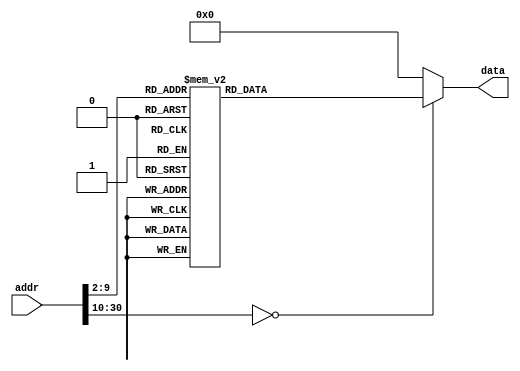
//`timescale 1ns/1ps

module ROM (addr,data);
input [31:0] addr;
output [31:0] data;
reg [31:0] data;
localparam ROM_SIZE = 32;
reg [31:0] ROM_DATA[ROM_SIZE-1:0];

always@(*)
	case(addr[30:2])
	// main:
	0: data <= 32'b000010_00000000000000000000000011; // j Initial
	// illop:
	1: data <= 32'b000010_00000000000000000000101100; // j Interrupt
	// xadr:
	2: data <= 32'b000010_00000000000000000010100001; // j Exit1
	// Initial:
	3: data <= 32'b001000_00000_01001_0000000000000001; // addi $t1 $0 1
	4: data <= 32'b001000_00000_01010_0000000000000000; // addi $t2 $0 0
	5: data <= 32'b001000_00000_01011_0000000000000010; // addi $t3 $0 2
	6: data <= 32'b001000_00000_01100_0000000000000000; // addi $t4 $0 0
	7: data <= 32'b001111_00000_00100_0100000000000000; // lui $a0 0x4000
	8: data <= 32'b001001_00000_11101_0000010000000000; // addiu $sp $0 0x0400
	// UART_Receive:
	9: data <= 32'b100011_00100_01000_0000000000100000; // lw $t0 32($a0)
	10: data <= 32'b000000_00000_01000_01100_11100_000000; // sll $t4 $t0 28
	11: data <= 32'b000000_00000_01100_01100_11111_000010; // srl $t4 $t4 31
	12: data <= 32'b000101_01100_01001_1111111111111100; // bne $t4 $t1 UART_Receive
	13: data <= 32'b001000_01010_01010_0000000000000001; // addi $t2 $t2 1
	14: data <= 32'b000100_01010_01011_0000000000000101; // beq $t2 $t3 Load2
	15: data <= 32'b100011_00100_00110_0000000000011100; // lw $a2 28($a0)
	16: data <= 32'b000000_00000_01000_01000_11101_000000; // sll $t0 $t0 29
	17: data <= 32'b000000_00000_01000_01000_11101_000010; // srl $t0 $t0 29
	18: data <= 32'b101011_00100_01000_0000000000100000; // sw $t0 32($a0)
	19: data <= 32'b000010_00000000000000000000001001; // j UART_Receive
	// Load2:
	20: data <= 32'b100011_00100_00111_0000000000011100; // lw $a3 28($a0)
	21: data <= 32'b000000_00000_01000_01000_11101_000000; // sll $t0 $t0 29
	22: data <= 32'b000000_00000_01000_01000_11101_000010; // srl $t0 $t0 29
	23: data <= 32'b101011_00100_01000_0000000000100000; // sw $t0 32($a0)
	// Timer:
	24: data <= 32'b000011_00000000000000000010010110; // jal Normal
	25: data <= 32'b101011_00100_00000_0000000000001000; // sw $0 8($a0)
	26: data <= 32'b001111_00000_01000_1111111111111111; // lui $t0 0xffff
	27: data <= 32'b001001_01000_01000_1111111100000000; // addiu $t0 $t0 0xff00
	28: data <= 32'b101011_00100_01000_0000000000000000; // sw $t0 0($a0)
	29: data <= 32'b001001_01000_01000_0000000011111111; // addiu $t0 $t0 0xff
	30: data <= 32'b101011_00100_01000_0000000000000100; // sw $t0 4($a0)
	31: data <= 32'b001000_00000_01000_0000000000000011; // addi $t0 $0 3
	32: data <= 32'b101011_00100_01000_0000000000001000; // sw $t0 8($a0)
	33: data <= 32'b001000_00110_01101_0000000000000000; // addi $t5 $a2 0
	34: data <= 32'b001000_00111_01110_0000000000000000; // addi $t6 $a3 0
	35: data <= 32'b000000_01101_01110_01111_00000_100010; // sub $t7 $t5 $t6
	// Judge:
	36: data <= 32'b000100_01111_00000_0000000001110100; // beq $t7 $0 Exit
	37: data <= 32'b000001_01111_00000_0000000000000011; // bltz $t7 Negative
	// Positive:
	38: data <= 32'b000000_01110_00000_01101_00000_100000; // add $t5 $t6 $0
	39: data <= 32'b000000_01111_01110_01111_00000_100010; // sub $t7 $t7 $t6
	40: data <= 32'b000010_00000000000000000000100100; // j Judge
	// Negative:
	41: data <= 32'b000000_00000_01111_01110_00000_100010; // sub $t6 $0 $t7
	42: data <= 32'b000000_01101_01111_01111_00000_100000; // add $t7 $t5 $t7
	43: data <= 32'b000010_00000000000000000000100100; // j Judge
	// Interrupt:
	44: data <= 32'b100011_00100_01000_0000000000001000; // lw $t0 8($a0)
	45: data <= 32'b001100_01000_01000_1111111111111001; // andi $t0 $t0 0xfff9
	46: data <= 32'b101011_00100_01000_0000000000001000; // sw $t0 8($a0)
	47: data <= 32'b101011_11101_11111_0000000000000000; // sw $ra 0($sp)
	48: data <= 32'b000100_01100_00000_0000000000001110; // beq $t4 $0 First
	49: data <= 32'b001000_00000_01011_0000000000000001; // addi $t3 $0 1
	50: data <= 32'b000100_01100_01011_0000000000010010; // beq $t4 $t3 Second
	51: data <= 32'b001000_00000_01011_0000000000000010; // addi $t3 $0 2
	52: data <= 32'b000100_01100_01011_0000000000010110; // beq $t4 $t3 Third
	53: data <= 32'b001000_00000_01011_0000000000000011; // addi $t3 $0 3
	54: data <= 32'b000100_01100_01011_0000000000011010; // beq $t4 $t3 Fourth
	// Continue:
	55: data <= 32'b100011_11101_11111_0000000000000000; // lw $ra 0($sp)
	56: data <= 32'b101011_00100_00101_0000000000010100; // sw $a1 20($a0)
	57: data <= 32'b001001_00000_01001_0000000000000010; // addiu $t1 $0 2
	58: data <= 32'b100011_00100_01000_0000000000001000; // lw $t0 8($a0)
	59: data <= 32'b000000_01000_01001_01000_00000_100101; // or $t0 $t0 $t1
	60: data <= 32'b101011_00100_01000_0000000000001000; // sw $t0 8($a0)
	61: data <= 32'b001000_11010_11010_1111111111111100; // addi $26 $26 -4
	62: data <= 32'b000000_11010_00000_00000_00000_001000; // jr $26
	// First:
	63: data <= 32'b000000_00000_00110_01000_11100_000000; // sll $t0 $a2 28
	64: data <= 32'b000000_00000_01000_01000_11100_000010; // srl $t0 $t0 28
	65: data <= 32'b000011_00000000000000000001010111; // jal DigitalTube
	66: data <= 32'b001000_00101_00101_0000000010000000; // addi $a1 $a1 128
	67: data <= 32'b001000_00000_01100_0000000000000001; // addi $t4 $0 1
	68: data <= 32'b000010_00000000000000000000110111; // j Continue
	// Second:
	69: data <= 32'b000000_00000_00110_01000_11000_000000; // sll $t0 $a2 24
	70: data <= 32'b000000_00000_01000_01000_11100_000010; // srl $t0 $t0 28
	71: data <= 32'b000011_00000000000000000001010111; // jal DigitalTube
	72: data <= 32'b001000_00101_00101_0000000100000000; // addi $a1 $a1 256
	73: data <= 32'b001000_00000_01100_0000000000000010; // addi $t4 $0 2
	74: data <= 32'b000010_00000000000000000000110111; // j Continue
	// Third:
	75: data <= 32'b000000_00000_00111_01000_11100_000000; // sll $t0 $a3 28
	76: data <= 32'b000000_00000_01000_01000_11100_000010; // srl $t0 $t0 28
	77: data <= 32'b000011_00000000000000000001010111; // jal DigitalTube
	78: data <= 32'b001000_00101_00101_0000001000000000; // addi $a1 $a1 512
	79: data <= 32'b001000_00000_01100_0000000000000011; // addi $t4 $0 3
	80: data <= 32'b000010_00000000000000000000110111; // j Continue
	// Fourth:
	81: data <= 32'b000000_00000_00111_01000_11000_000000; // sll $t0 $a3 24
	82: data <= 32'b000000_00000_01000_01000_11100_000010; // srl $t0 $t0 28
	83: data <= 32'b000011_00000000000000000001010111; // jal DigitalTube
	84: data <= 32'b001000_00101_00101_0000010000000000; // addi $a1 $a1 1024
	85: data <= 32'b001000_00000_01100_0000000000000000; // addi $t4 $0 0
	86: data <= 32'b000010_00000000000000000000110111; // j Continue
	// DigitalTube:
	87: data <= 32'b001000_01000_01001_1111111111110001; // addi $t1 $t0 -15
	88: data <= 32'b000100_01001_00000_0000000000011101; // beq $t1 $0 Fifteen
	89: data <= 32'b001000_01000_01001_1111111111110010; // addi $t1 $t0 -14
	90: data <= 32'b000100_01001_00000_0000000000011101; // beq $t1 $0 Fourteen
	91: data <= 32'b001000_01000_01001_1111111111110011; // addi $t1 $t0 -13
	92: data <= 32'b000100_01001_00000_0000000000011101; // beq $t1 $0 Thirteen
	93: data <= 32'b001000_01000_01001_1111111111110100; // addi $t1 $t0 -12
	94: data <= 32'b000100_01001_00000_0000000000011101; // beq $t1 $0 Twelve
	95: data <= 32'b001000_01000_01001_1111111111110101; // addi $t1 $t0 -11
	96: data <= 32'b000100_01001_00000_0000000000011101; // beq $t1 $0 Eleven
	97: data <= 32'b001000_01000_01001_1111111111110110; // addi $t1 $t0 -10
	98: data <= 32'b000100_01001_00000_0000000000011101; // beq $t1 $0 Ten
	99: data <= 32'b001000_01000_01001_1111111111110111; // addi $t1 $t0 -9
	100: data <= 32'b000100_01001_00000_0000000000011101; // beq $t1 $0 Nine
	101: data <= 32'b001000_01000_01001_1111111111111000; // addi $t1 $t0 -8
	102: data <= 32'b000100_01001_00000_0000000000011101; // beq $t1 $0 Eight
	103: data <= 32'b001000_01000_01001_1111111111111001; // addi $t1 $t0 -7
	104: data <= 32'b000100_01001_00000_0000000000011101; // beq $t1 $0 Seven
	105: data <= 32'b001000_01000_01001_1111111111111010; // addi $t1 $t0 -6
	106: data <= 32'b000100_01001_00000_0000000000011101; // beq $t1 $0 Six
	107: data <= 32'b001000_01000_01001_1111111111111011; // addi $t1 $t0 -5
	108: data <= 32'b000100_01001_00000_0000000000011101; // beq $t1 $0 Five
	109: data <= 32'b001000_01000_01001_1111111111111100; // addi $t1 $t0 -4
	110: data <= 32'b000100_01001_00000_0000000000011101; // beq $t1 $0 Four
	111: data <= 32'b001000_01000_01001_1111111111111101; // addi $t1 $t0 -3
	112: data <= 32'b000100_01001_00000_0000000000011101; // beq $t1 $0 Three
	113: data <= 32'b001000_01000_01001_1111111111111110; // addi $t1 $t0 -2
	114: data <= 32'b000100_01001_00000_0000000000011101; // beq $t1 $0 Two
	115: data <= 32'b001000_01000_01001_1111111111111111; // addi $t1 $t0 -1
	116: data <= 32'b000100_01001_00000_0000000000011101; // beq $t1 $0 One
	117: data <= 32'b000100_01000_00000_0000000000011110; // beq $t0 $0 Zero
	// Fifteen:
	118: data <= 32'b001000_00000_00101_0000000000001110; // addi $a1 $0 14
	119: data <= 32'b000000_11111_00000_00000_00000_001000; // jr $ra
	// Fourteen:
	120: data <= 32'b001000_00000_00101_0000000000000110; // addi $a1 $0 6
	121: data <= 32'b000000_11111_00000_00000_00000_001000; // jr $ra
	// Thirteen:
	122: data <= 32'b001000_00000_00101_0000000000100001; // addi $a1 $0 33
	123: data <= 32'b000000_11111_00000_00000_00000_001000; // jr $ra
	// Twelve:
	124: data <= 32'b001000_00000_00101_0000000001000110; // addi $a1 $0 70
	125: data <= 32'b000000_11111_00000_00000_00000_001000; // jr $ra
	// Eleven:
	126: data <= 32'b001000_00000_00101_0000000000000011; // addi $a1 $0 3
	127: data <= 32'b000000_11111_00000_00000_00000_001000; // jr $ra
	// Ten:
	128: data <= 32'b001000_00000_00101_0000000000001000; // addi $a1 $0 8
	129: data <= 32'b000000_11111_00000_00000_00000_001000; // jr $ra
	// Nine:
	130: data <= 32'b001000_00000_00101_0000000000010000; // addi $a1 $0 16
	131: data <= 32'b000000_11111_00000_00000_00000_001000; // jr $ra
	// Eight:
	132: data <= 32'b001000_00000_00101_0000000000000000; // addi $a1 $0 0
	133: data <= 32'b000000_11111_00000_00000_00000_001000; // jr $ra
	// Seven:
	134: data <= 32'b001000_00000_00101_0000000001111000; // addi $a1 $0 120
	135: data <= 32'b000000_11111_00000_00000_00000_001000; // jr $ra
	// Six:
	136: data <= 32'b001000_00000_00101_0000000000000010; // addi $a1 $0 2
	137: data <= 32'b000000_11111_00000_00000_00000_001000; // jr $ra
	// Five:
	138: data <= 32'b001000_00000_00101_0000000000010010; // addi $a1 $0 18
	139: data <= 32'b000000_11111_00000_00000_00000_001000; // jr $ra
	// Four:
	140: data <= 32'b001000_00000_00101_0000000000011001; // addi $a1 $0 25
	141: data <= 32'b000000_11111_00000_00000_00000_001000; // jr $ra
	// Three:
	142: data <= 32'b001000_00000_00101_0000000000110000; // addi $a1 $0 48
	143: data <= 32'b000000_11111_00000_00000_00000_001000; // jr $ra
	// Two:
	144: data <= 32'b001000_00000_00101_0000000000100100; // addi $a1 $0 36
	145: data <= 32'b000000_11111_00000_00000_00000_001000; // jr $ra
	// One:
	146: data <= 32'b001000_00000_00101_0000000001111001; // addi $a1 $0 121
	147: data <= 32'b000000_11111_00000_00000_00000_001000; // jr $ra
	// Zero:
	148: data <= 32'b001000_00000_00101_0000000001000000; // addi $a1 $0 64
	149: data <= 32'b000000_11111_00000_00000_00000_001000; // jr $ra
	// Normal:
	150: data <= 32'b000000_00000_11111_11111_00001_000000; // sll $ra $ra 1
	151: data <= 32'b000000_00000_11111_11111_00001_000010; // srl $ra $ra 1
	152: data <= 32'b000000_11111_00000_00000_00000_001000; // jr $ra
	// Exit:
	153: data <= 32'b000000_01110_00000_00010_00000_100000; // add $v0 $t6 $0
	154: data <= 32'b101011_00100_00010_0000000000001100; // sw $v0 12($a0)
	// UART_Send:
	155: data <= 32'b101011_00100_00010_0000000000011000; // sw $v0 24($a0)
	156: data <= 32'b100011_00100_01001_0000000000100000; // lw $t1 32($a0)
	157: data <= 32'b000000_00000_01001_01001_00011_000010; // srl $t1 $t1 3
	158: data <= 32'b000000_00000_01001_01001_00011_000000; // sll $t1 $t1 3
	159: data <= 32'b001001_01001_01001_0000000000000111; // addiu $t1 $t1 7
	160: data <= 32'b101011_00101_01001_0000000000100000; // sw $t1 32($a1)
	default: data <= 32'b0;//00010_00000000000000000000000011;
endcase
endmodule